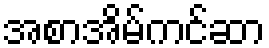
အစာအိမ်ကင်ဆာ